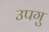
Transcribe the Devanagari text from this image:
उपगु